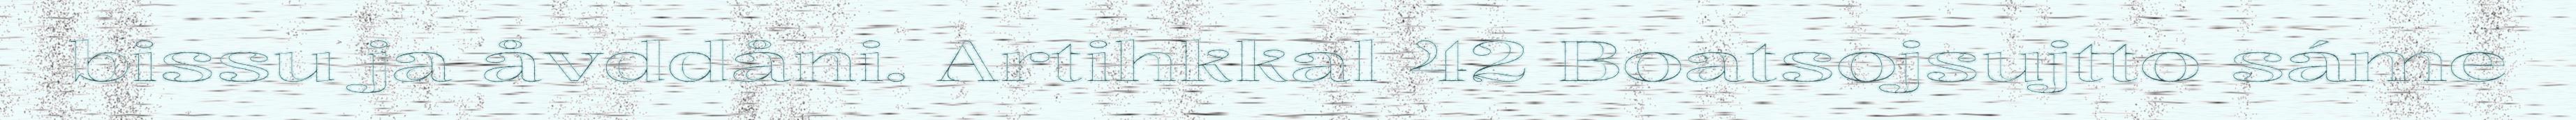
bissu ja åvddåni. Artihkkal 42 Boatsojsujtto sáme